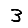
Digit: 3